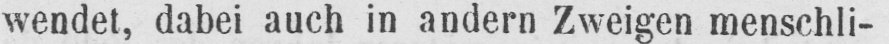
wendet, dabei auch in andern Zweigen menschli-